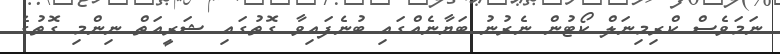
ނަމަވެސް ކްރިމިނަލް ކޯޓުން ނެރުނު ބަޔާނެއްގައި ބުނެފައިވާ ގޮތުގައި ޝަރީއަތް ނިންމި ގޮތުގެ